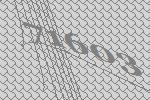
71603